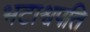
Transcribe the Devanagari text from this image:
भटाश्वपति